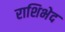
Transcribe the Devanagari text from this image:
राशिभेद